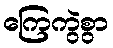
ကြေကွဲစွာ